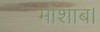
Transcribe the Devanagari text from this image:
मोशाब।